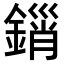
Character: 𨪮